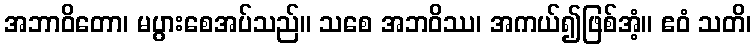
အဘာဝိတော၊ မပွားစေအပ်သည်။ သစေ အဘဝိဿ၊ အကယ်၍ဖြစ်အံ့။ ဧဝံ သတိ၊